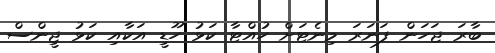
ބާރަ ޖަހަން ފަނަރަ މިނެޓަށް ހުއްޓާ ކަޅު ހޫޑީ އަކާއި ކަޅު ޖީންސް